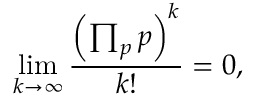
\operatorname* { l i m } _ { k \to \infty } { \frac { \left( \prod _ { p } p \right) ^ { k } } { k ! } } = 0 ,